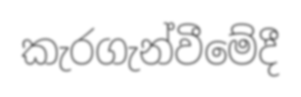
කැරගැන්වීමේදී